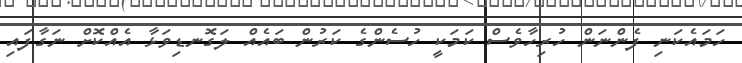
ހަމައެކަނި ފެންނަން ހުރިހާވެސް ކަމަކީ ހުސެންގެ ކަރުން ބައެއް ލަގޮނޑިވަޅާ އެއްކޮށް ނަގާފައި